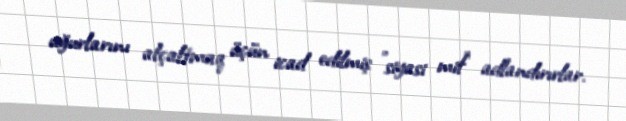
uğurlarını alçaltmaq üçün icad edilmiş "siyasi mif" adlandırırlar.